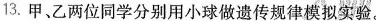
13.甲、乙两位同学分别用小球做遗传规律模拟实验。